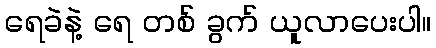
ရေခဲနဲ့ ရေ တစ် ခွက် ယူလာပေးပါ။